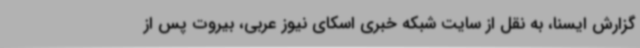
گزارش ایسنا، به نقل از سایت شبکه خبری اسکای نیوز عربی، بیروت پس از